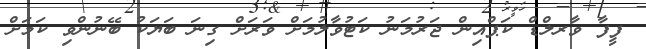
ފީފާ ވާރލްޑް ކަޕްއިން ޖަރުމަނު ކަޓުވާލުމަށް ވަރަށް ގިނަ ބަޔަކު ބޭނުންވި ކަމަށް